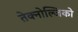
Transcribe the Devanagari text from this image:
तेक्नोल्जिको